Plague in India, 1896, 1897 - Volume 3
Year: 1896
Disease focus: Plague
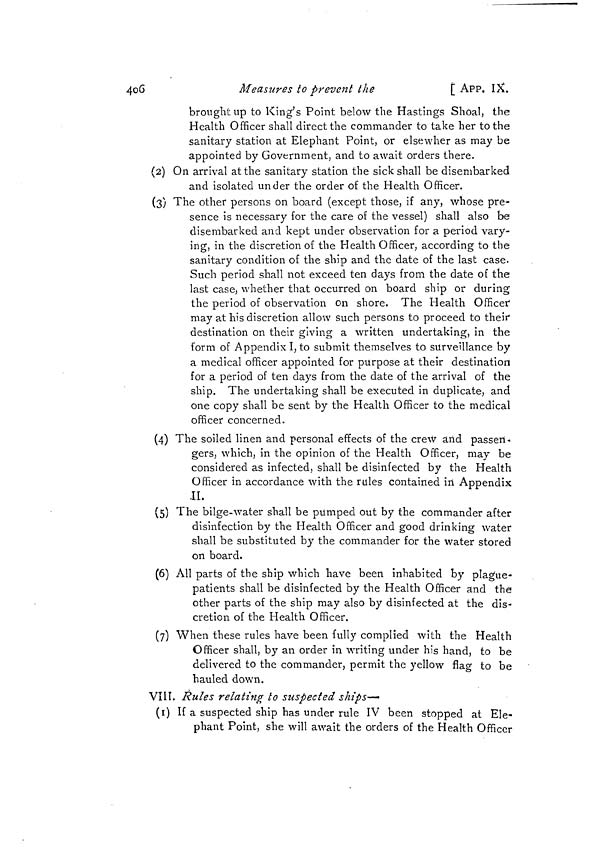
4o6
Measures to prevent the
[ APP. IX.
brought up to King's Point below the Hastings Shoal, the
Health Officer shall direct the commander to take her to the
sanitary station at Elephant Point, or elsewhere as may be
appointed by Government, and to await orders there.
(2) On arrival at the sanitary station the sick shall be disembarked
and isolated under the order of the Health Officer.
(3) The other persons on board (except those, if any, whose pre-
sence is necessary for the care of the vessel) shall also be
disembarked and kept under observation for a period vary-
ing, in the discretion of the Health Officer, according to the
sanitary condition of the ship and the date of the last case.
Such period shall not exceed ten days from the date of the
last case, whether that occurred on board ship or during
the period of observation on shore. The Health Officer
may at his discretion allow such persons to proceed to their
destination on their giving a written undertaking, in the
form of Appendix I, to submit themselves to surveillance by
a medical officer appointed for purpose at their destination
for a period of ten days from the date of the arrival of the
ship. The undertaking shall be executed in duplicate, and
one copy shall be sent by the Health Officer to the medical
officer concerned.
(4) The soiled linen and personal effects of the crew and passen-
gers, which, in the opinion of the Health Officer, may be
considered as infected, shall be disinfected by the Health
Officer in accordance with the rules contained in Appendix
II.
(5) The bilge-water shall be pumped out by the commander after
disinfection by the Health Officer and good drinking water
shall be substituted by the commander for the water stored
on board.
(6) All parts of the ship which have been inhabited by plague-
patients shall be disinfected by the Health Officer and the
other parts of the ship may also by disinfected at the dis-
cretion of the Health Officer.
(7) When these rules have been fully complied with the Health
Officer shall, by an order in writing under his hand, to be
delivered to the commander, permit the yellow flag to be
hauled down.
VIII. Rules relating to suspected skips—
(1) If a suspected ship has under rule IV been stopped at Ele-
phant Point, she will await the orders of the Health Officer